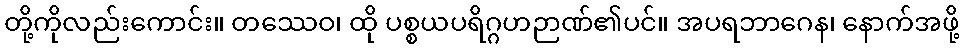
တို့ကိုလည်းကောင်း။ တဿေဝ၊ ထို ပစ္စယပရိဂ္ဂဟဉာဏ်၏ပင်။ အပရဘာဂေန၊ နောက်အဖို့